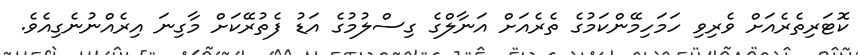
ކޮޓަރިތެރެއަށް ވެރިވި ހަމަހިމޭންކަމުގެ ތެރެއަށް އަނާލްގެ ގިސްލުމުގެ އަޑު ފެތުރޭކަށް މާގިނަ އިރެއްނުނެގިއެވެ.